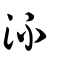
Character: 㳅